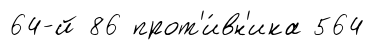
64-й 86 прот'и́вн'ика 564